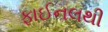
ફાઈનલથી